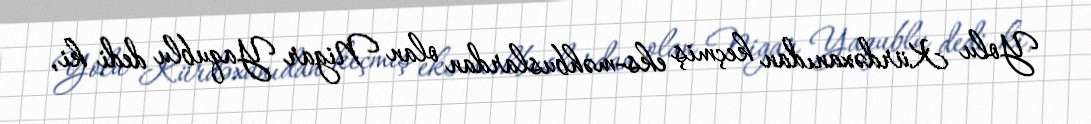
Yolu Kürdəxanıdan keçmiş eks-məhbuslardan olan Nigar Yaqublu dedi ki,